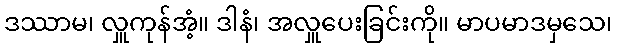
ဒဿာမ၊ လှူကုန်အံ့။ ဒါနံ၊ အလှူပေးခြင်းကို။ မာပမာဒမှသေ၊